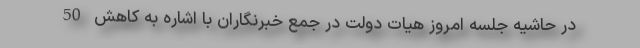
در حاشیه جلسه امروز هیات دولت در جمع خبرنگاران با اشاره به کاهش 50